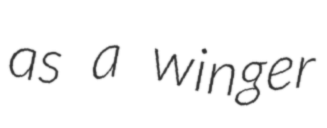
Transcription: as a winger